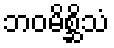
ဘဝမိစ္ဆိသံ